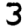
Digit: 3